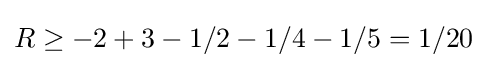
R\geq -2+3-1/2-1/4-1/5=1/20